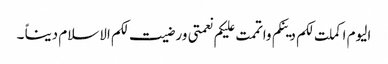
الیوم اکملت لکم دینکم واتممت علیکم نعمتی ورضیت لکم الاسلام دیناً ۔